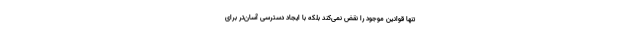
تنها قوانین موجود را نقض نمی‌کند بلکه با ایجاد دسترسی آسان‌تر برای